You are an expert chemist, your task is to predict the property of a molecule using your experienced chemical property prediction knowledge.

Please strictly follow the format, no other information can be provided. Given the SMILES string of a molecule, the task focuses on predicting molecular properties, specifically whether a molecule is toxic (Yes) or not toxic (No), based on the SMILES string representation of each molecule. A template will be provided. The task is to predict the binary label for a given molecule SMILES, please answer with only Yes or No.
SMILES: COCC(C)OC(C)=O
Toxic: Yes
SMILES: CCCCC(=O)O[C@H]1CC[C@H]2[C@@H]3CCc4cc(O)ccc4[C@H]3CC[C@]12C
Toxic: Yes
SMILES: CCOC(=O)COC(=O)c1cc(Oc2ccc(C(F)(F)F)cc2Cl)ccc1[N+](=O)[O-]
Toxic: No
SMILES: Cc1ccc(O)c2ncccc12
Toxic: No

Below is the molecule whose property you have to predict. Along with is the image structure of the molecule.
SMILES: COc1cc(S(N)(=O)=O)cc(C(=O)O)c1OC
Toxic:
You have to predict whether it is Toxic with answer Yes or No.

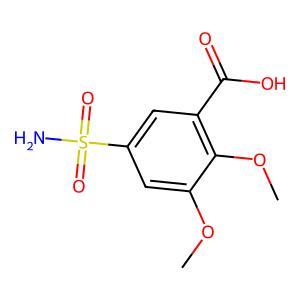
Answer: No